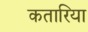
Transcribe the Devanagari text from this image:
कतारिया